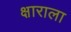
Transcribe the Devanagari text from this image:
क्षाराला